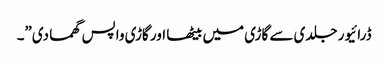
ڈرائیور جلدی سے گاڑی میں بیٹھا اور گاڑی واپس گھما دی”۔